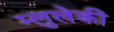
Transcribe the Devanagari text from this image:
म्लुलेकी